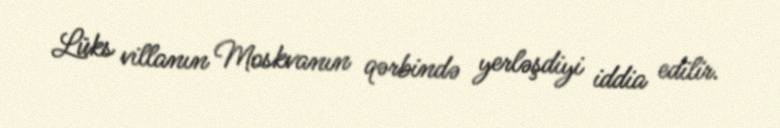
Lüks villanın Moskvanın qərbində yerləşdiyi iddia edilir.